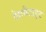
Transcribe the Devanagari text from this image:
पैगमैटाइट